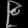
Digit: ၉